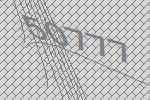
50777